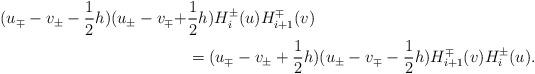
LaTeX: \begin{align*}(u_{\mp}-v_{\pm}-\frac{1}{2}h)(u_{\pm}-v_{\mp}+&\frac{1}{2}h)H_{i}^{\pm}(u)H_{i+1}^{\mp}(v)\\&=(u_{\mp}-v_{\pm}+\frac{1}{2}h)(u_{\pm}-v_{\mp}-\frac{1}{2}h)H_{i+1}^{\mp}(v)H_{i}^{\pm}(u).\end{align*}